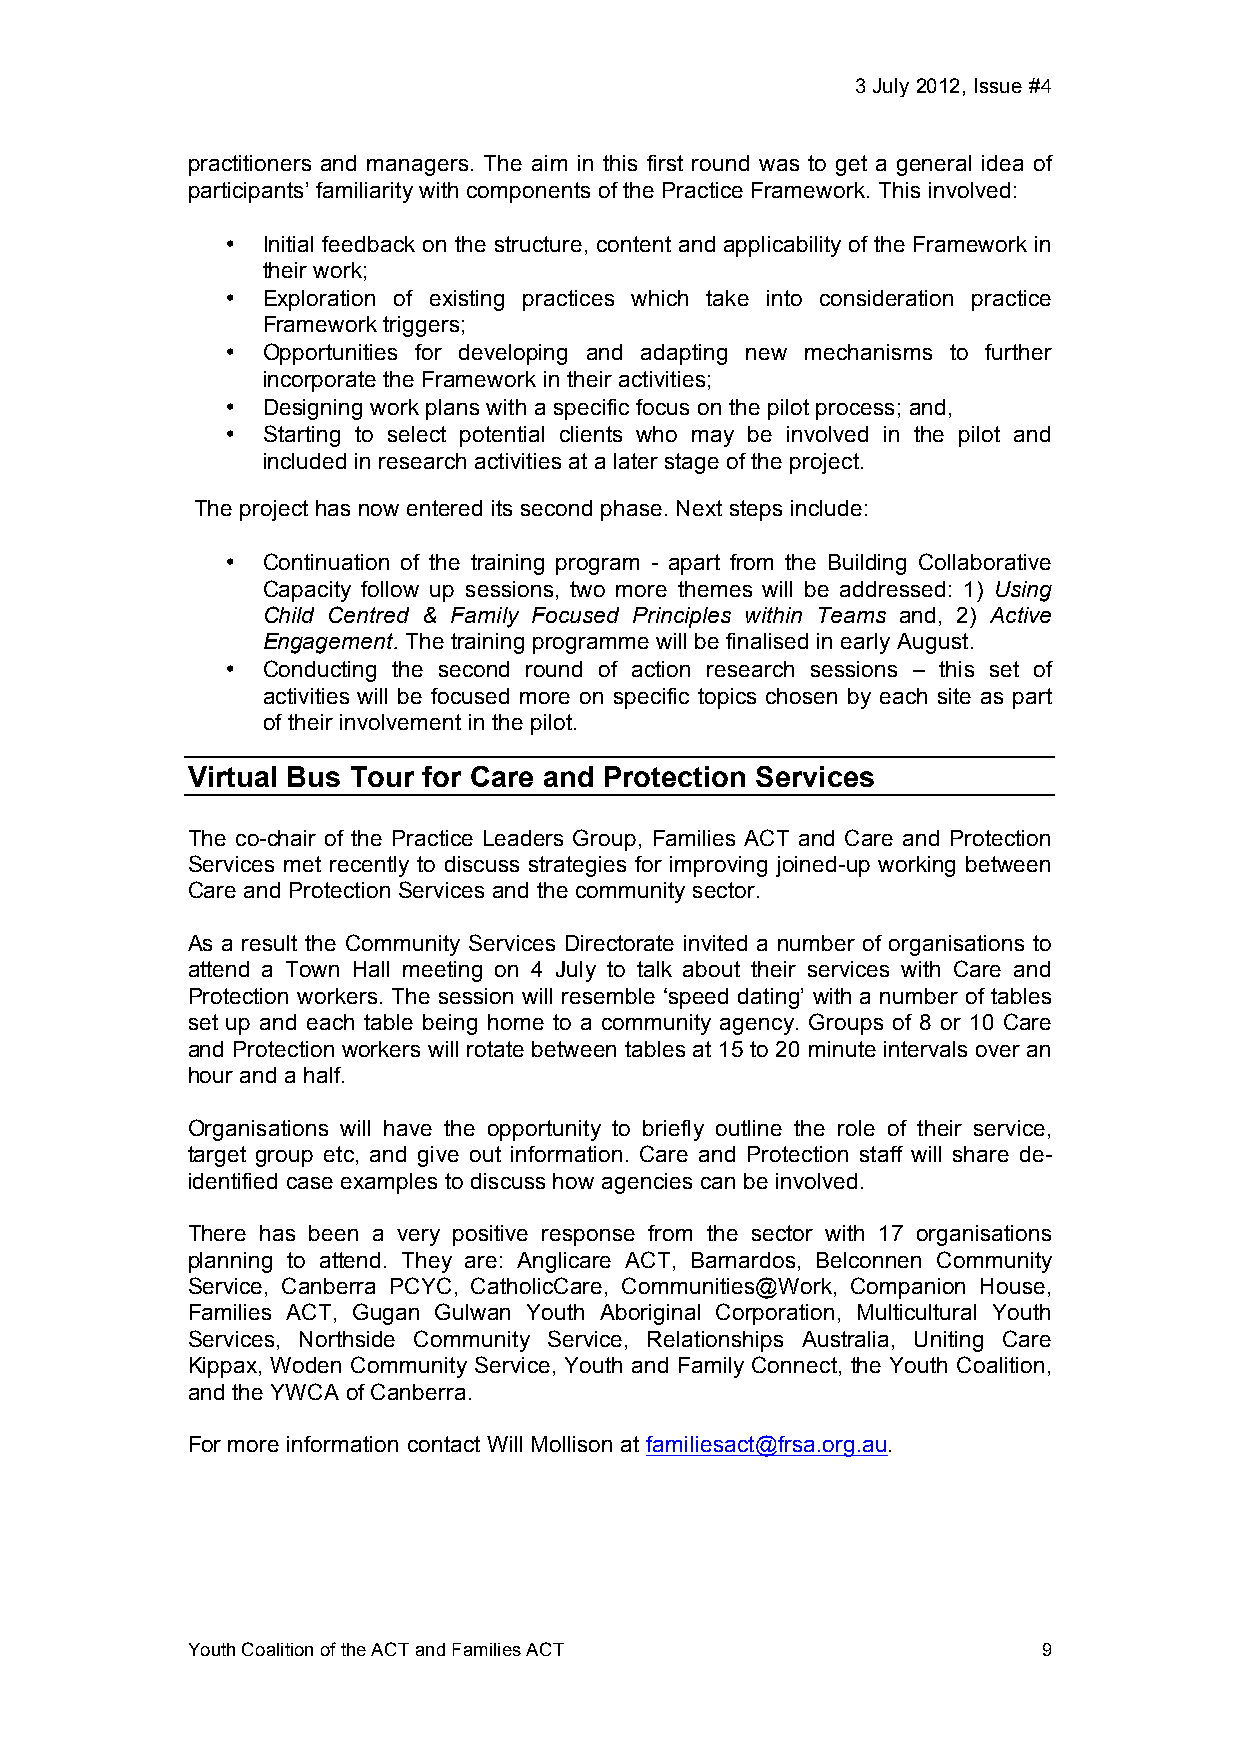
3 July 2012, Issue #4!
 practitioners and managers. The aim in this first round was to get a general idea of
 participants’ familiarity with components of the Practice Framework. This involved:
 • Initial feedback on the structure, content and applicability of the Framework in
 their work;
 • Exploration of existing practices which take into consideration practice
 Framework triggers;
 • Opportunities for developing and adapting new mechanisms to further
 incorporate the Framework in their activities;
 • Designing work plans with a specific focus on the pilot process; and,
 • Starting to select potential clients who may be involved in the pilot and
 included in research activities at a later stage of the project.
 The project has now entered its second phase. Next steps include:
 • Continuation of the training program - apart from the Building Collaborative
 Capacity follow up sessions, two more themes will be addressed: 1) Using
 Child Centred & Family Focused Principles within Teams and, 2) Active
 Engagement. The training programme will be finalised in early August.
 • Conducting the second round of action research sessions – this set of
 activities will be focused more on specific topics chosen by each site as part
 of their involvement in the pilot.
 Virtual Bus Tour for Care and Protection Services
 The co-chair of the Practice Leaders Group, Families ACT and Care and Protection
 Services met recently to discuss strategies for improving joined-up working between
 Care and Protection Services and the community sector.
 As a result the Community Services Directorate invited a number of organisations to
 attend a Town Hall meeting on 4 July to talk about their services with Care and
 Protection workers. The session will resemble ‘speed dating’ with a number of tables
 set up and each table being home to a community agency. Groups of 8 or 10 Care
 and Protection workers will rotate between tables at 15 to 20 minute intervals over an
 hour and a half.
 Organisations will have the opportunity to briefly outline the role of their service,
 target group etc, and give out information. Care and Protection staff will share de-
 identified case examples to discuss how agencies can be involved.
 There has been a very positive response from the sector with 17 organisations
 planning to attend. They are: Anglicare ACT, Barnardos, Belconnen Community
 Service, Canberra PCYC, CatholicCare, Communities@Work, Companion House,
 Families ACT, Gugan Gulwan Youth Aboriginal Corporation, Multicultural Youth
 Services, Northside Community Service, Relationships Australia, Uniting Care
 Kippax, Woden Community Service, Youth and Family Connect, the Youth Coalition,
 and the YWCA of Canberra.
 For more information contact Will Mollison at familiesact@frsa.org.au.
 Youth Coalition of the ACT and Families ACT              9!